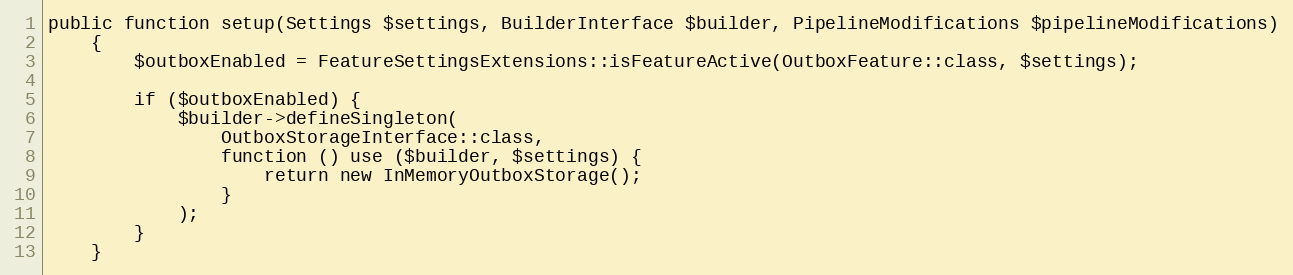
Language: PHP
public function setup(Settings $settings, BuilderInterface $builder, PipelineModifications $pipelineModifications)
    {
        $outboxEnabled = FeatureSettingsExtensions::isFeatureActive(OutboxFeature::class, $settings);

        if ($outboxEnabled) {
            $builder->defineSingleton(
                OutboxStorageInterface::class,
                function () use ($builder, $settings) {
                    return new InMemoryOutboxStorage();
                }
            );
        }
    }